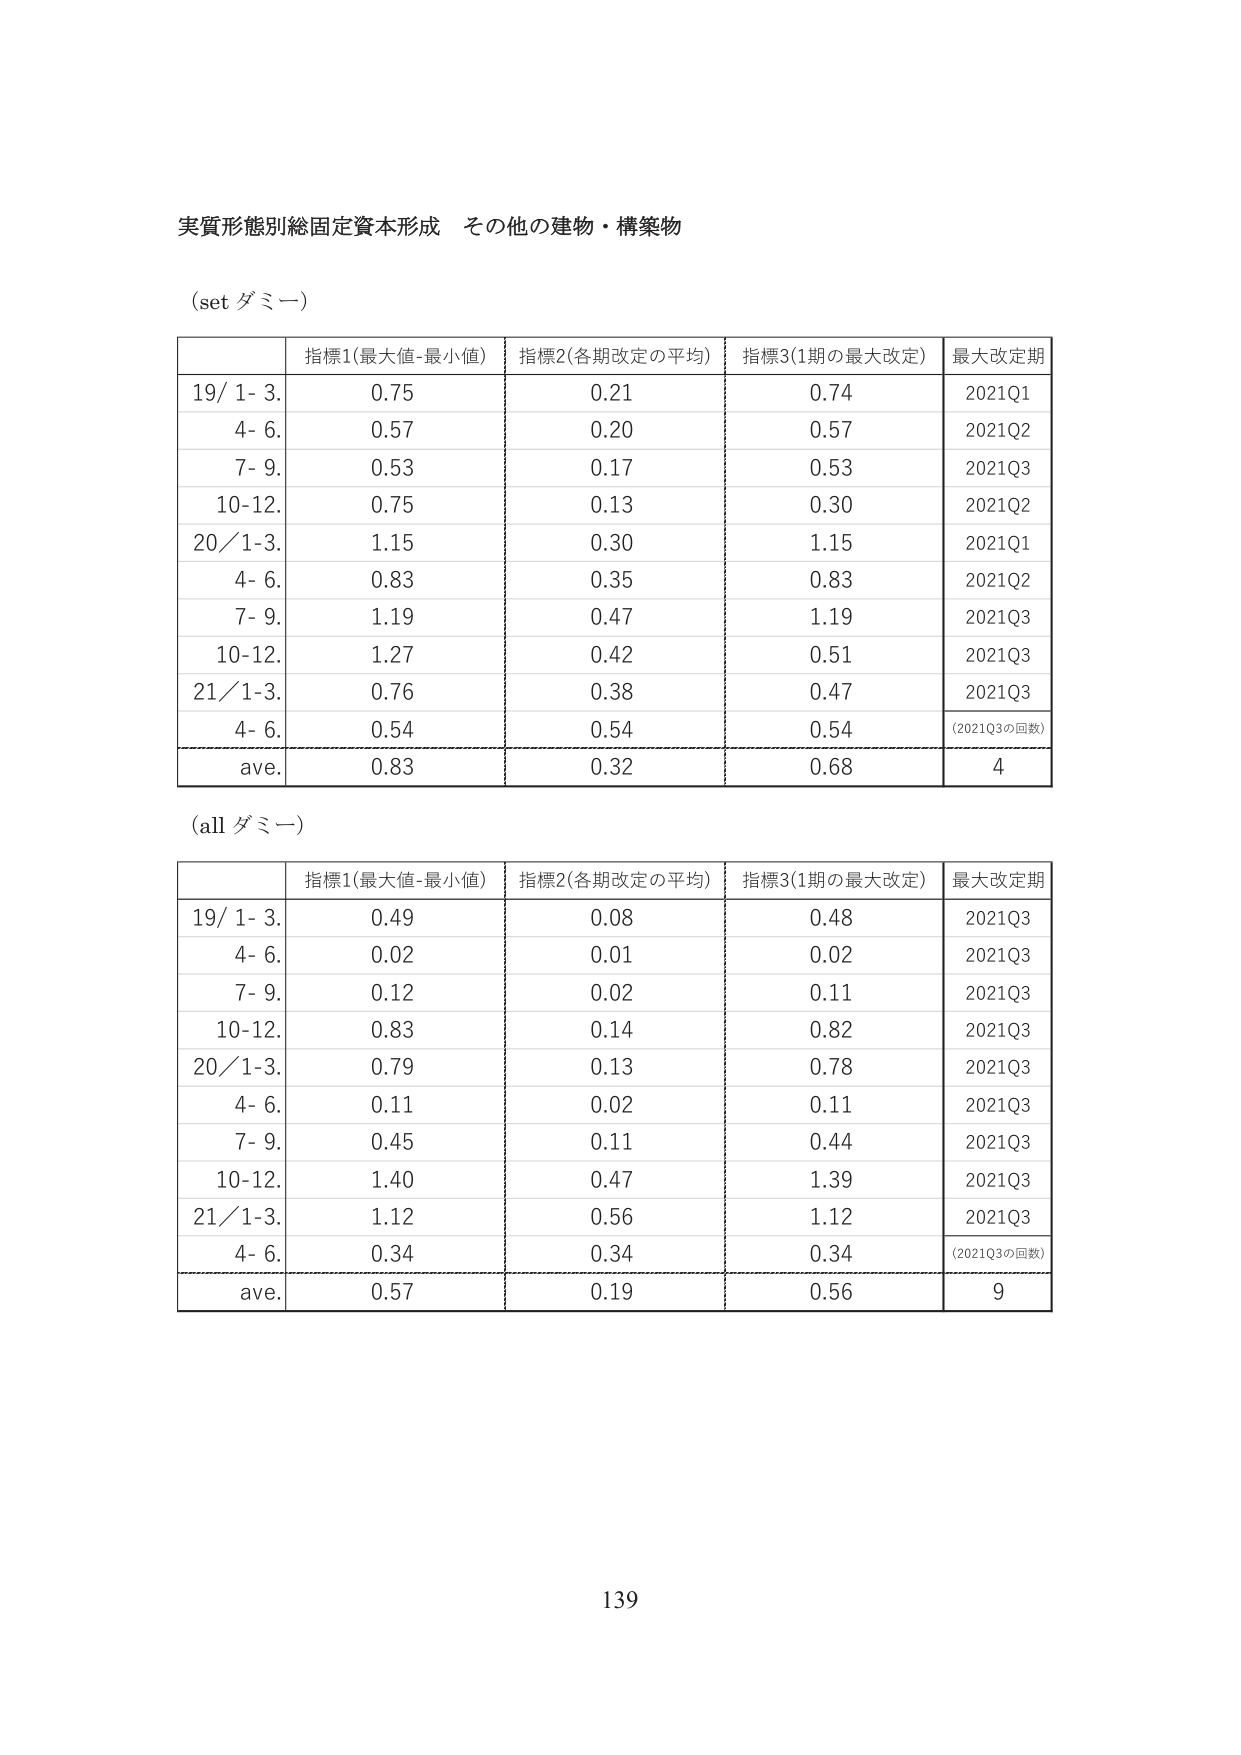
実質形態別総固定資本形成 その他の建物・構築物

(set ダミー)

指標1(最大値-最小値) 指標2(各期改定の平均) 指標3(1期の最大改定) 最大改定期
19/ 1- 3. 0.75 0.21 0.74 2021Q1
4- 6. 0.57 0.20 0.57 2021Q2
7- 9. 0.53 0.17 0.53 2021Q3
10-12. 0.75 0.13 0.30 2021Q2
20/1-3. 1.15 0.30 1.15 2021Q1
4- 6. 0.83 0.35 0.83 2021Q2
7- 9. 1.19 0.47 1.19 2021Q3
10-12. 1.27 0.42 0.51 2021Q3
21/1-3. 0.76 0.38 0.47 2021Q3
4- 6. 0.54 0.54 0.54 (2021Q3の回数)
ave. 0.83 0.32 0.68 4

(all ダミー)

指標1(最大値-最小値) 指標2(各期改定の平均) 指標3(1期の最大改定) 最大改定期
19/ 1- 3. 0.49 0.08 0.48 2021Q3
4- 6. 0.02 0.01 0.02 2021Q3
7- 9. 0.12 0.02 0.11 2021Q3
10-12. 0.83 0.14 0.82 2021Q3
20/1-3. 0.79 0.13 0.78 2021Q3
4- 6. 0.11 0.02 0.11 2021Q3
7- 9. 0.45 0.11 0.44 2021Q3
10-12. 1.40 0.47 1.39 2021Q3
21/1-3. 1.12 0.56 1.12 2021Q3
4- 6. 0.34 0.34 0.34 (2021Q3の回数)
ave. 0.57 0.19 0.56 9

139